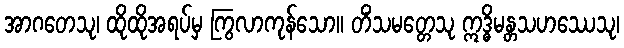
အာဂတေသု၊ ထိုထိုအရပ်မှ ကြွလာကုန်သော။ တိံသမတ္တေသု ဣဒ္ဓိမန္တသဟဿေသု၊